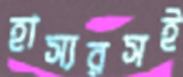
হাস্যরসই